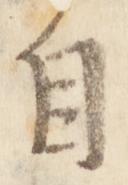
自